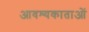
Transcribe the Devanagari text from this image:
आवश्यकाताओं